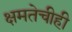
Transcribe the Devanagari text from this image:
क्षमतेचीही